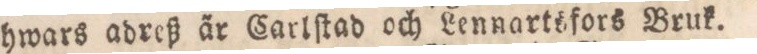
hwars adreß är Carlſtad och Lennartsfors Bruk.